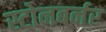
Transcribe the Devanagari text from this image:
स्टोनबर्नर